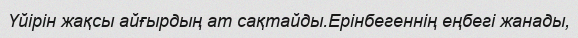
Үйірін жақсы айғырдың ат сақтайды.Ерінбегеннің еңбегі жанады,